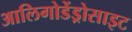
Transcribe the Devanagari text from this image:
आलिगोडेंड्रोसाइट